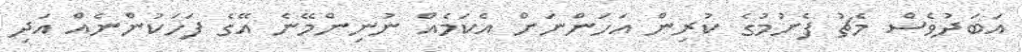
އަބަދުވެސް މެޗު ފެށުމުގެ ކުރިން އަހަންނަށް އެކަމެއް ނުނިންމޭނެ އޭގެ ފަހަކުންނެއް އަދި